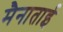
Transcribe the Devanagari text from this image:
मैनाताई